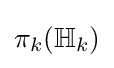
\pi _{k}(\mathbb {H} _{k})